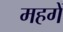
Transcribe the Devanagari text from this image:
महगें